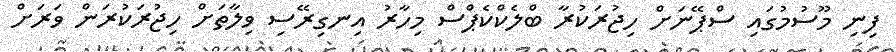
ފިނި މޫސުމުގައި ސްޕޭނަށް ހިޖުރަކުރާ ބްލެކްކެޕްސް މިހާރު އިނގިރޭސި ވިލާތަށް ހިޖުރަކުރަން ވަރަށް